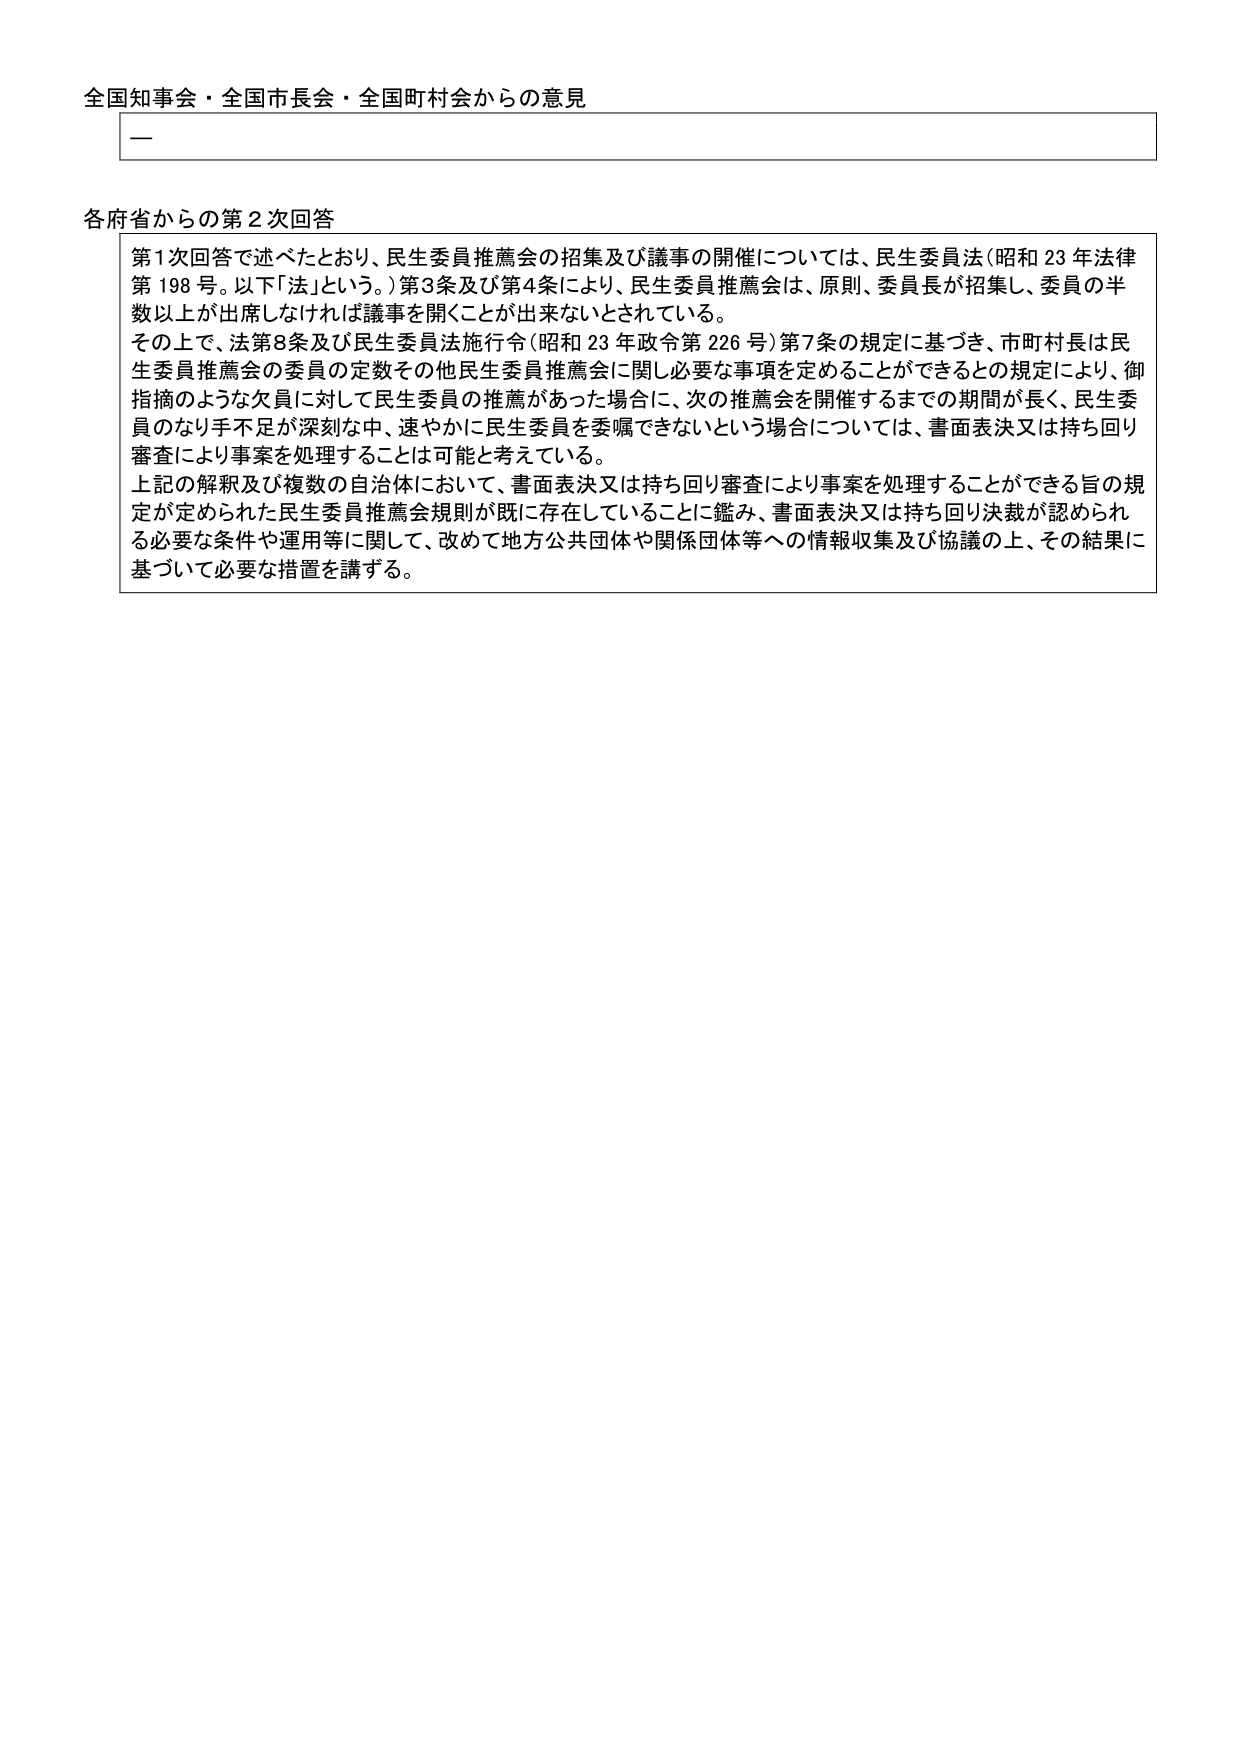
全国知事会・全国市長会・全国町村会からの意見

—

各府省からの第２次回答

第1次回答で述べたとおり、民生委員推薦会の招集及び議事の開催については、民生委員法（昭和23年法律第198号。以下「法」という。）第3条及び第4条により、民生委員推薦会は、原則、委員長が招集し、委員の半数以上が出席しなければ議事を開くことが出来ないとされている。

その上で、法第8条及び民生委員法施行令（昭和23年政令第226号）第7条の規定に基づき、市町村長は民生委員推薦会の委員の定数その他民生委員推薦会に関し必要な事項を定めることができるとの規定により、御指摘のような欠員に対して民生委員の推薦があった場合に、次の推薦会を開催するまでの期間が長く、民生委員のなり手不足が深刻な中、速やかに民生委員を委嘱できないという場合については、書面表決又は持ち回り審査により事案を処理することは可能と考えている。

上記の解釈及び複数の自治体において、書面表決又は持ち回り審査により事案を処理することができる旨の規定が定められた民生委員推薦会規則が既に存在していることに鑑み、書面表決又は持ち回り決裁が認められる必要な条件や運用等に関して、改めて地方公共団体や関係団体等への情報収集及び協議の上、その結果に基づいて必要な措置を講ずる。